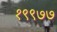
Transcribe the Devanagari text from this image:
१९९७७